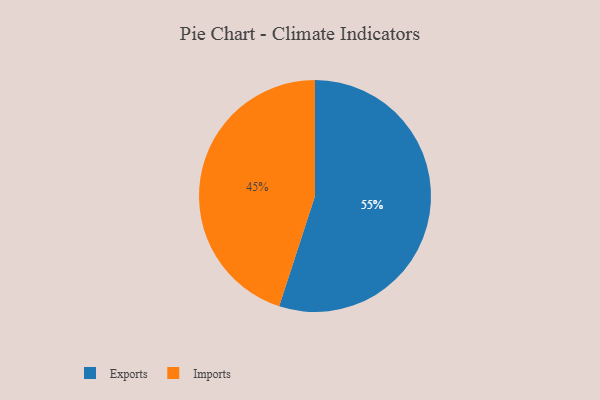
{"axis": {"x": "Category", "y": "Percentage"}, "legend": ["Exports", "Imports"], "data": [{"x": "Imports", "y": 45, "type": "Imports"}, {"x": "Exports", "y": 55, "type": "Exports"}]}